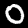
Label: 0